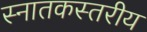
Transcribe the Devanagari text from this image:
स्नातकस्तरीय